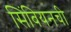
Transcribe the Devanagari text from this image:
सिंबियनची